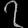
Digit: ၇